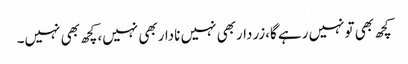
کچھ بھی تونہیں رہے گا،زرداربھی نہیں ناداربھی نہیں،کچھ بھی نہیں۔